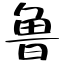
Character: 鲁